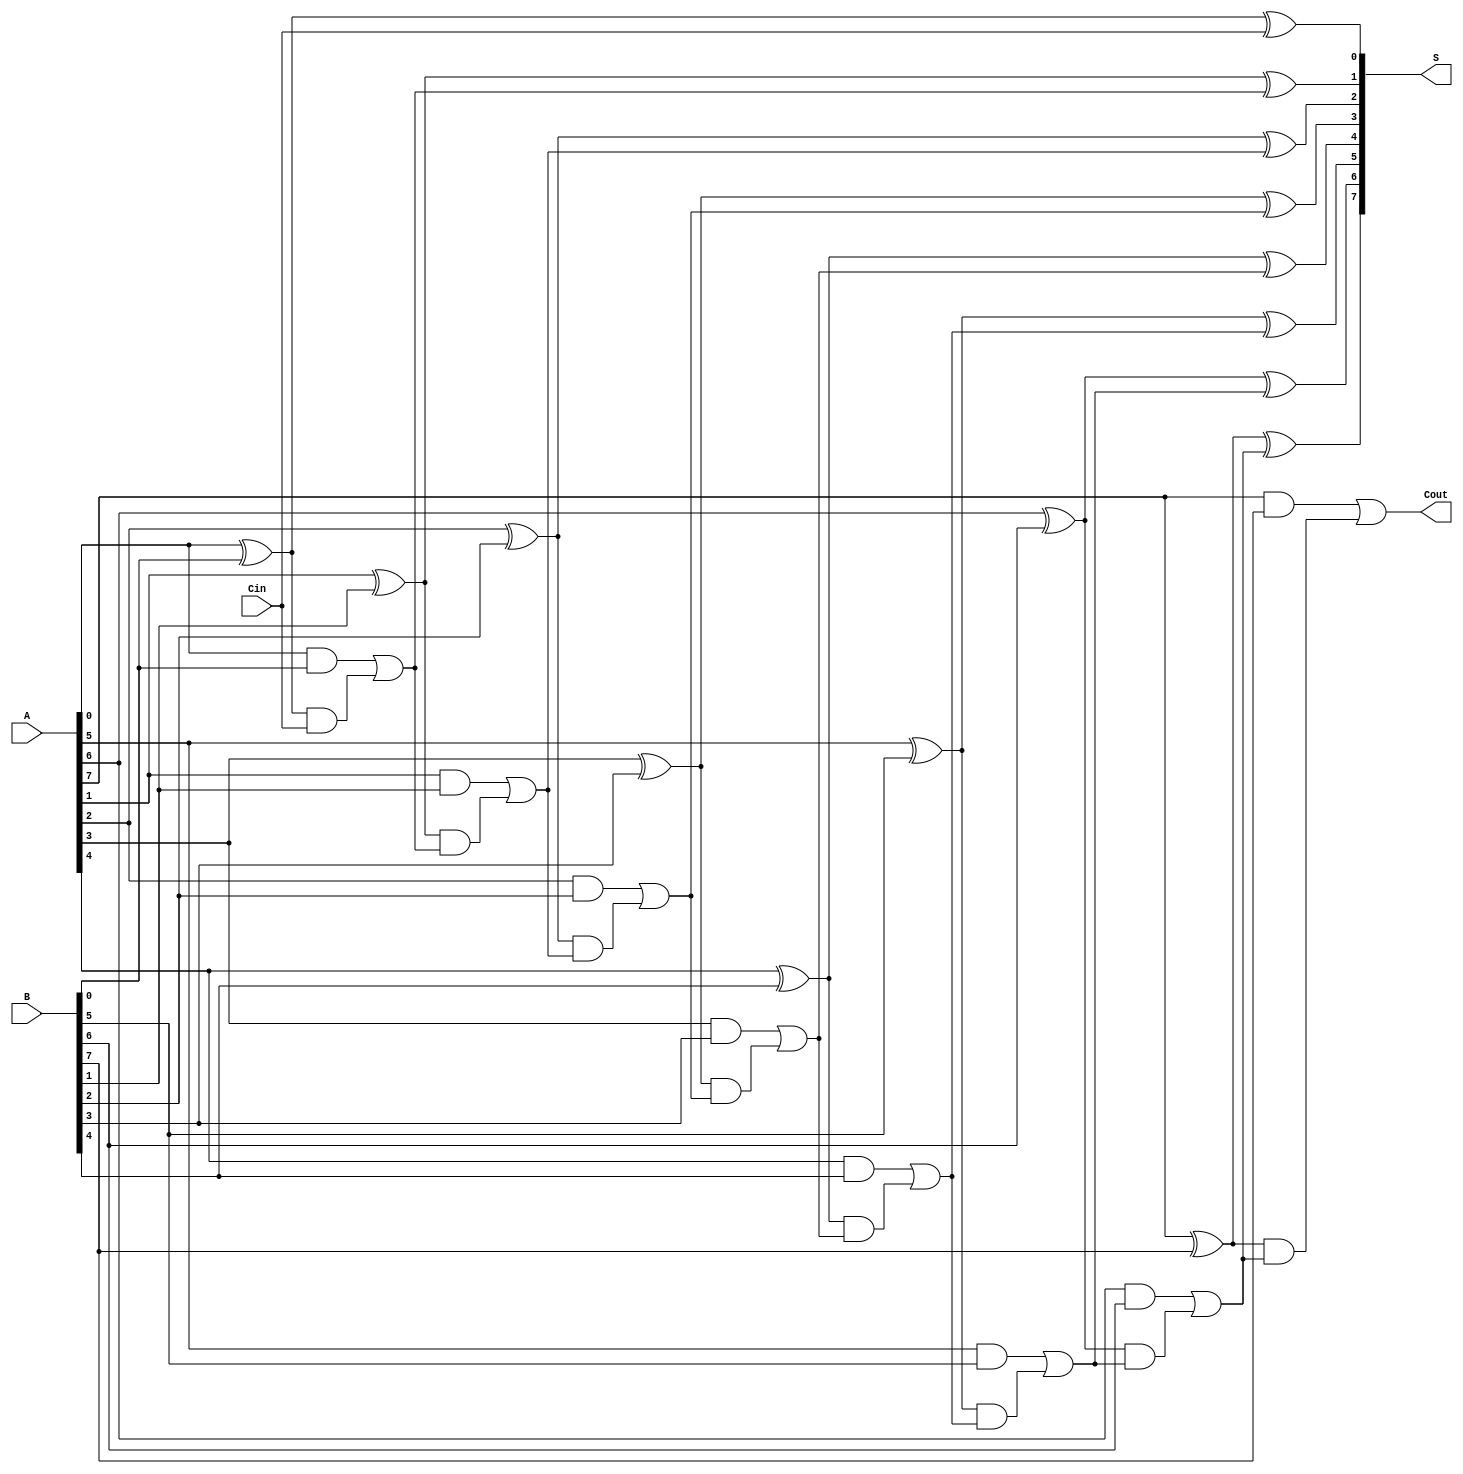
module ManchesterCarryChainAdder #(
    parameter WIDTH = 8 // Bit-width of the adder
) (
    input  wire [WIDTH-1:0] A,     // First operand
    input  wire [WIDTH-1:0] B,     // Second operand
    input  wire Cin,                // Carry-in
    output wire [WIDTH-1:0] S,      // Sum output
    output wire Cout                // Carry-out
);

    wire [WIDTH:0] carry; // Carry bits, WIDTH+1 to accommodate overflow
    wire [WIDTH-1:0] G;   // Generate signals
    wire [WIDTH-1:0] P;   // Propagate signals

    // Generate and Propagate signals
    genvar i;
    generate
        for (i = 0; i < WIDTH; i = i + 1) begin : genprop
            assign G[i] = A[i] & B[i];        // Generate
            assign P[i] = A[i] ^ B[i];        // Propagate
        end
    endgenerate

    // Carry Calculation
    assign carry[0] = Cin; // Initial carry-in

    generate
        for (i = 0; i < WIDTH; i = i + 1) begin : carry_chain
            assign carry[i + 1] = G[i] | (P[i] & carry[i]);
        end
    endgenerate

    // Sum Calculation
    generate
        for (i = 0; i < WIDTH; i = i + 1) begin : sum_calc
            assign S[i] = P[i] ^ carry[i];  // Sum is P XOR carry
        end
    endgenerate

    // Final Carry-out
    assign Cout = carry[WIDTH]; // Final carry-out

endmodule